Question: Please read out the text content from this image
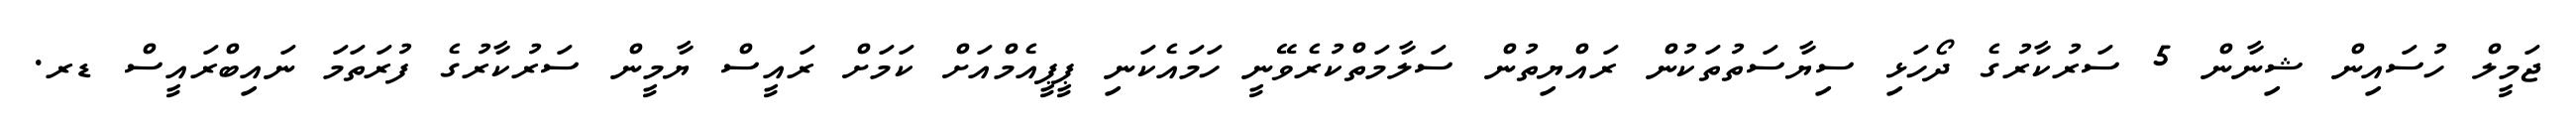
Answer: ޖަމީލް ހުސައިން ޝިނާން 5 ސަރުކާރުގެ ދޯހަޅި ސިޔާސަތުތަކުން ރައްޔިތުން ސަލާމަތްކުރެވޭނީ ހަމައެކަނި ޕީޕީއެމްއަށް ކަމަށް ރައީސް ޔާމީން ސަރުކާރުގެ ފުރަތަމަ ނައިބްރައީސް ޑރ.